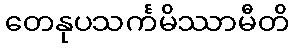
တေနုပသင်္ကမိဿာမီတိ